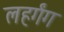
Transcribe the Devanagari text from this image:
लहर्गंग